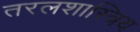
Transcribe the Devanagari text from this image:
तरलशास्त्रिय